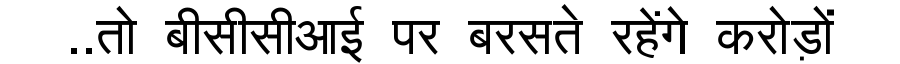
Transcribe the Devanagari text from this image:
..तो बीसीसीआई पर बरसते रहेंगे करोड़ों